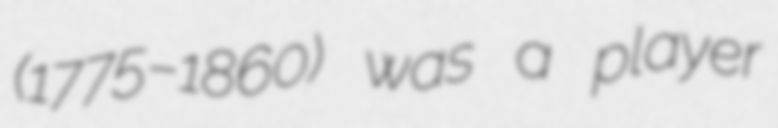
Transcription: (1775–1860) was a player